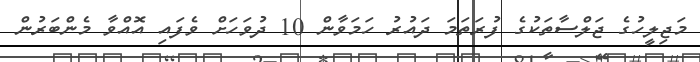
މަޖިލީހުގެ ޖަލްސާތަކުގެ ފުރަތަމަ ދައުރު ހަމަވާން 10 ދުވަހަށް ވެފައި އޮއްވާ މެންބަރުން